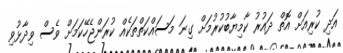
އަދި ކުރިއަށް އޮތް ދައުރު ކާމިޔާބުކުރުމަށް ގިނަ މަސައްކަތްތަކެއް ކުރަންޖެހޭކަމަށް ވެސް ވިދާޅުވި